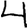
Digit: 4